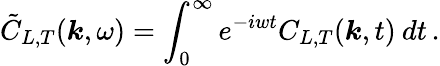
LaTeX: \tilde{C}_{L,T}(\boldsymbol{k},\omega)=\int_{0}^{\infty}e^{-iwt}C_{L,T}(\boldsymbol{k},t)\: dt\, .